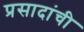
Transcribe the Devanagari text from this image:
प्रसादांची